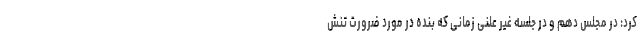
کرد: در مجلس دهم و در جلسه غیر علنی زمانی که بنده در مورد ضرورت تنش